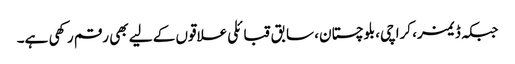
جبکہ ڈیمز، کراچی، بلوچستان، سابق قبائلی علاقوں کے لیے بھی رقم رکھی ہے۔